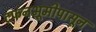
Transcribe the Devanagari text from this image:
दफनभूमीपासून